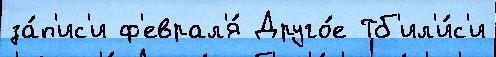
за́п'ис'и ф'еврал'я́ Друго́е Тб'ил'и́с'и